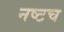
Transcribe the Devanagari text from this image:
नष्टच